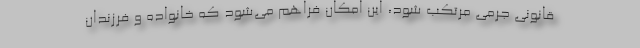
قانونی جرمی مرتکب شود، این امکان فراهم می‌شود که خانواده و فرزندان